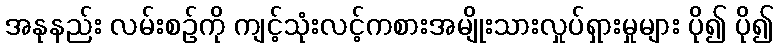
အနုနည်း လမ်းစဉ်ကို ကျင့်သုံးလင့်ကစားအမျိုးသားလှုပ်ရှားမှုများ ပို၍ ပို၍